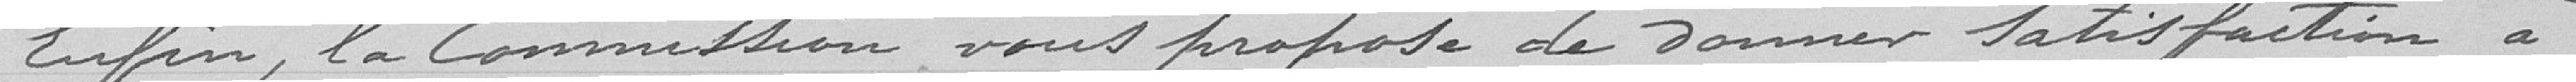
Enfin, la Commission nous propose de donner satisfaction à